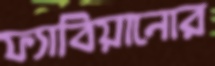
ফ্যাবিয়ানোর